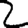
Digit: 2